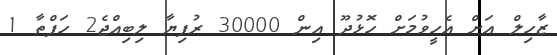
ޒާހިލް އަށް އެހީވުމަށް ހޮޅުދޫ އިން 30000 ރުފިޔާ ލިބިއްޖެ2 ހަފްތާ 1